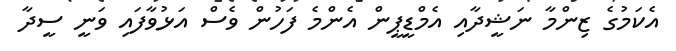
އެކަމުގެ ޒިންމާ ނަޝީދާއި އެމްޑީޕީން އެންމެ ފަހުން ވެސް އަޅުވާފައި ވަނީ ސީދާ